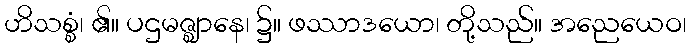
ဟိသစ္စံ၊ ၏။ ပဌမဇ္ဈာနေ၊ ၌။ ဖဿာဒယော၊ တို့သည်။ အညေယေဝ၊